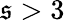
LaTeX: \mathfrak{s}>3